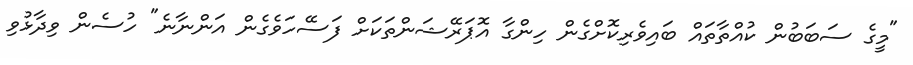
"މީގެ ސަބަބުން ކުއްތާތައް ބައިވެރިކޮށްގެން ހިންގާ އޮޕަރޭޝަންތަކަށް ފަސޭހަވެގެން އަންނާނެ" ހުސެން ވިދާޅުވި